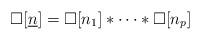
LaTeX: \begin{align*}\square[\underline{n}] = \square[n_1] * \dots * \square[n_p]\end{align*}